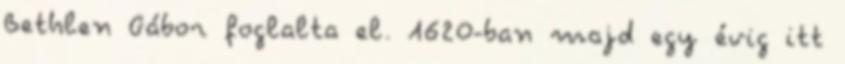
Bethlen Gábor foglalta el. 1620-ban majd egy évig itt